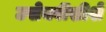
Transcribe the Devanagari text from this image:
उसेक्वींस्रीशे